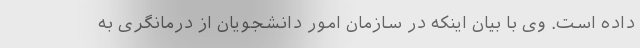
داده است. وی با بیان اینکه در سازمان امور دانشجویان از درمانگری به